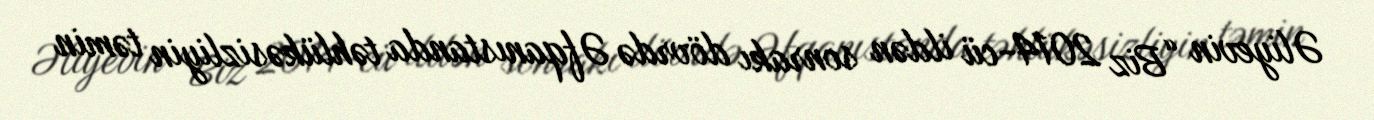
Əliyevin “Biz 2014-cü ildən sonrakı dövrdə Əfqanıstanda təhlükəsizliyin təmin